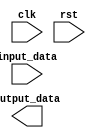
module iir_accumulator (
  input wire clk,
  input wire rst,
  input wire [7:0] input_data,
  output wire [15:0] output_data
);

reg [15:0] accumulator;

always @(posedge clk or posedge rst) begin
  if (rst) begin
    accumulator <= 16'b0;
  end else begin
    accumulator <= accumulator + (input_data * coefficient);
  end
end

endmodule